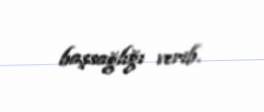
başsağlığı verib.